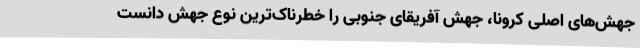
جهش‌های اصلی کرونا، جهش آفریقای جنوبی را خطرناک‌ترین نوع جهش دانست